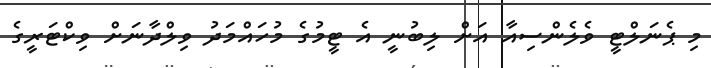
މި ޕެނަލްޓީ ވެލެންސިއާ އަށް ލިބުނީ އެ ޓީމުގެ މުހައްމަދު ވިލްދާނަށް ވިކްޓަރީގެ